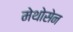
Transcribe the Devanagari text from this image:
मेथोसेन